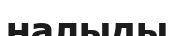
налыды